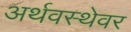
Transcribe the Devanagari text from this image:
अर्थवस्थेवर